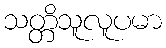
သတ္တိသူလူပမာ